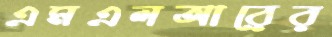
এমএলআরের